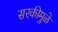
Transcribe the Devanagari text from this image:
सरकीमुळे